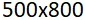
500 x 800